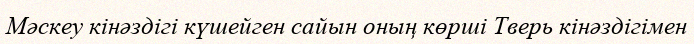
Мәскеу кінәздігі күшейген сайын оның көрші Тверь кінәздігімен